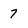
Character: 7